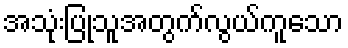
အသုံးပြုသူအတွက်လွယ်ကူသော